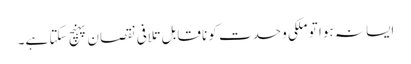
ایسا نہ ہوا تو ملکی وحدت کو ناقابل تلافی نقصان پہنچ سکتا ہے۔